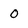
Character: 0